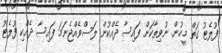
ފުލެޓު ގަތް މީހުން. ނުވިތާކަށް ފައިސާ ދެއްކުން ލަސްވެއްޖެނަމަ ފައިސާ ދެއްކި ފުލެޓު